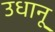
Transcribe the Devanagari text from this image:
उधानू